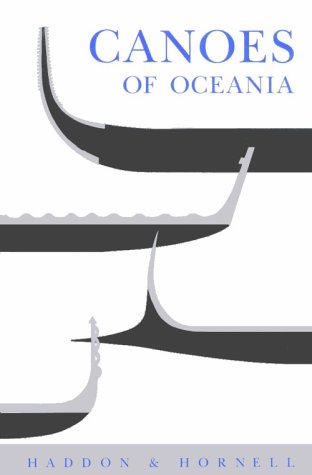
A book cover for Canoes of Oceania (Special publications - Bernice P. Bishop Museum ; 27-29); Alfred C. Haddon; Sports & Outdoors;